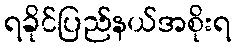
ရခိုင်ပြည်နယ်အစိုးရ